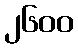
၂၆၀၀